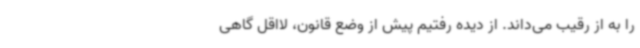
را به از رقیب می‌داند. از دیده رفتیم پیش از وضع قانون، لااقل گاهی